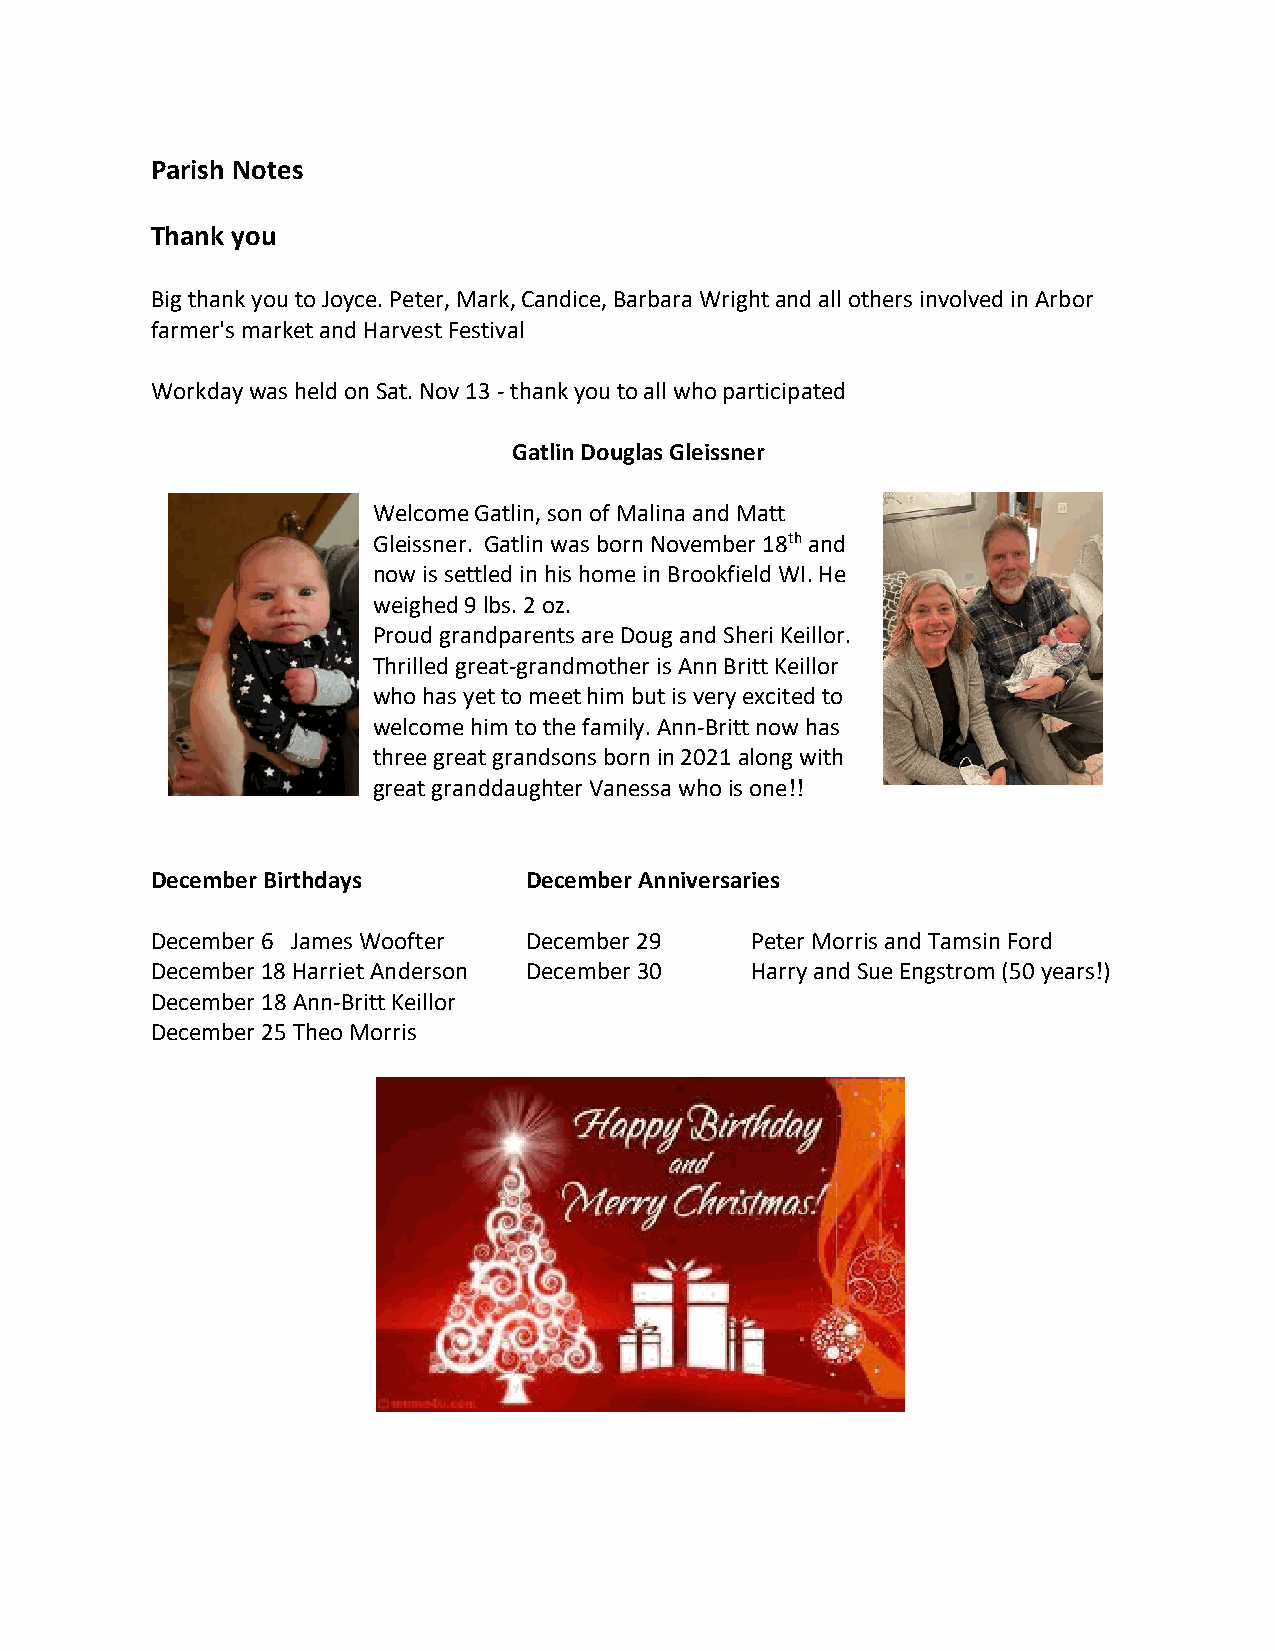
Parish Notes
 Thank you
 Big thank you to Joyce. Peter, Mark, Candice, Barbara Wright and all others involved in Arbor
 farmer's market and Harvest Festival
 Workday was held on Sat. Nov 13 - thank you to all who participated
 Gatlin Douglas Gleissner
 Welcome Gatlin, son of Malina and Matt
 Gleissner. Gatlin was born November 18th and
 now is settled in his home in Brookfield WI. He
 weighed 9 lbs. 2 oz.
 Proud grandparents are Doug and Sheri Keillor.
 Thrilled great-grandmother is Ann Britt Keillor
 who has yet to meet him but is very excited to
 welcome him to the family. Ann-Britt now has
 three great grandsons born in 2021 along with
 great granddaughter Vanessa who is one!!
 December Birthdays       December Anniversaries
 December 6 James Woofter December 29    Peter Morris and Tamsin Ford
 December 18 Harriet Anderson December 30 Harry and Sue Engstrom (50 years!)
 December 18 Ann-Britt Keillor
 December 25 Theo Morris